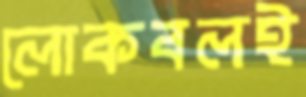
লোকবলই